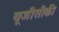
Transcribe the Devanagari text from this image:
यूजीसीकी